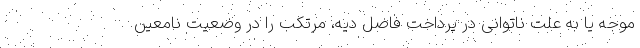
موجه یا به علت ناتوانی در پرداخت فاضل دیه، مرتکب را در وضعیت نامعین